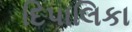
દિપાલિકા